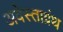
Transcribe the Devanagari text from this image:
अवेस्ताग्रंथ